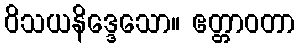
ဝိသယနိဒ္ဒေသော။ ဧတ္တာဝတာ